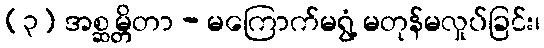
(၃) အစ္ဆမ္တိတာ - မကြောက်မရွံ့ မတုန်မလှုပ်ခြင်း၊